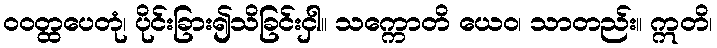
ဝဝတ္ထပေတုံ၊ ပိုင်းခြား၍သိခြင်းငှါ။ သက္ကောတိ ယေဝ၊ သာတည်း။ ဣတိ၊